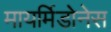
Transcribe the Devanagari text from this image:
मायर्मिडोनेस